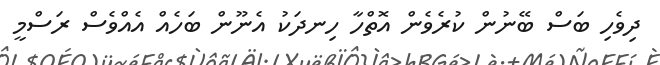
ދިވެހި ބަސް ބޭނުން ކުރެވެން އޮތްހާ ހިނދަކު އެނޫން ބަހެއް އެއްވެސް ރަސްމީ